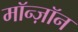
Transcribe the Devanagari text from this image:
मॉन्ज़ॉन